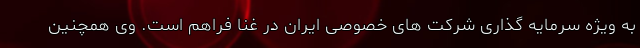
به ویژه سرمایه گذاری شرکت های خصوصی ایران در غنا فراهم است. وی همچنین